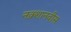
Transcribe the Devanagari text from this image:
नक़्शानवीस